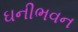
ઘનીભવન